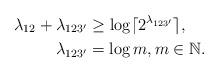
LaTeX: \begin{align*}\lambda_{12}+\lambda_{123'} &\geq \log \lceil 2^{\lambda_{123'}} \rceil,\\ \lambda_{123'}&=\log m, m\in \mathbb{N}.\end{align*}